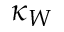
\kappa _ { W }